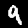
Digit: 9